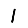
Digit: 1